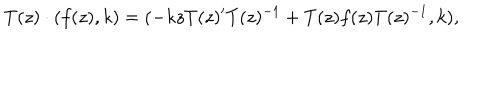
LaTeX: T ( z ) \cdot ( f ( z ) , k ) = ( - k z T ( z ) ^ { \prime } T ( z ) ^ { - 1 } + T ( z ) f ( z ) T ( z ) ^ { - 1 } , k ) ,